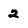
Character: 2